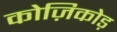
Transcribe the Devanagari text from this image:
कोज़िकोड़